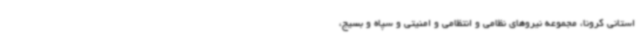
استانی کرونا، مجموعه نیروهای نظامی و انتظامی و امنیتی و سپاه و بسیج،